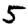
Digit: 5